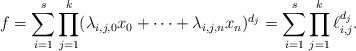
\begin{align*}f = \sum_{i=1}^s \prod_{j=1}^k (\lambda_{i,j,0} x_0 +\cdots + \lambda_{i,j,n} x_n)^{d_j} = \sum_{i=1}^s \prod_{j=1}^k \ell_{i,j}^{d_j}. \end{align*}